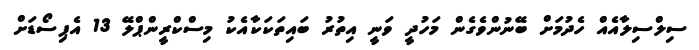
ސިލްސިލާއެއް ހެދުމަށް ބޭނުންވެގެން މަހުދީ ވަނީ އިތުރު ބައިތަކަކާއެކު މިސްކްރީންޕްލޭ 13 އެޕިސޯޑަށް